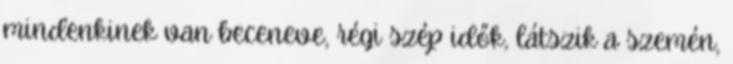
mindenkinek van beceneve, régi szép idők, látszik a szemén,